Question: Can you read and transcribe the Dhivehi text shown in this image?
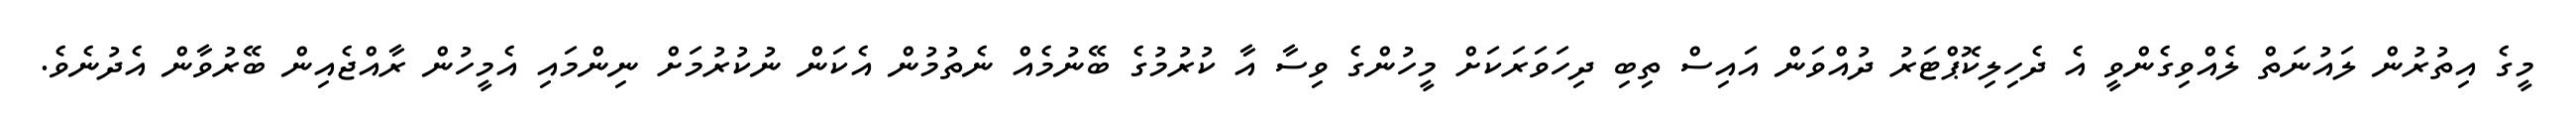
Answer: މީގެ އިތުރުން ލައުނަތް ލެއްވިގެންވީ އެ ދެހިލިކޮޕްޓަރު ދުއްވަން އައިސް ތިބި ދިހަވަރަކަށް މީހުންގެ ވިސާ އާ ކުރުމުގެ ބޭނުމެއް ނެތުމުން އެކަން ނުކުރުމަށް ނިންމައި އެމީހުން ރާއްޖެއިން ބޭރުވާން އެދުނެވެ.